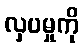
လှပမှုကို